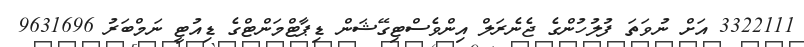
3322111 އަށް ނުވަތަ ފުލުހުންގެ ޖެނެރަލް އިންވެސްޓިގޭޝަން ޑިޕާޓްމަންޓްގެ ޑިއުޓީ ނަމްބަރު 9631696